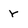
Character: r